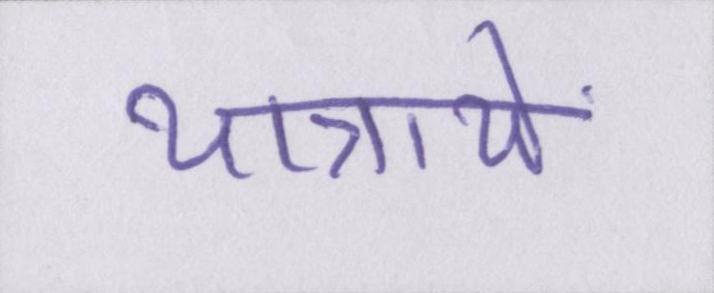
यात्रायें